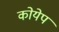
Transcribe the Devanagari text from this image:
कोयेप